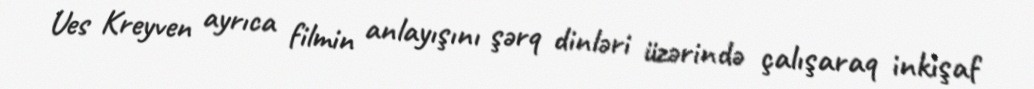
Ues Kreyven ayrıca filmin anlayışını şərq dinləri üzərində çalışaraq inkişaf